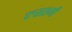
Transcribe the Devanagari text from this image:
रुसतमी